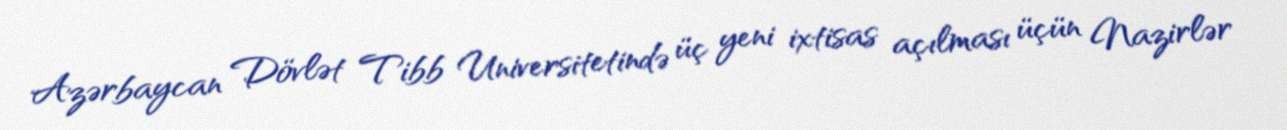
Azərbaycan Dövlət Tibb Universitetində üç yeni ixtisas açılması üçün Nazirlər